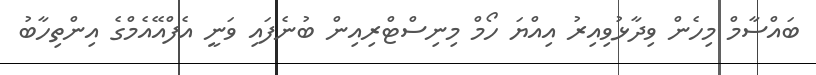
ބައްސާމް މިހެން ވިދާޅުވިއިރު އިއްޔަ ހޯމް މިނިސްޓްރިއިން ބުނެފައި ވަނީ އެފްއޭއެމްގެ އިންތިހާބު